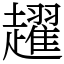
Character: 趯